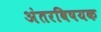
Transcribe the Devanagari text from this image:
अंतरविषयक